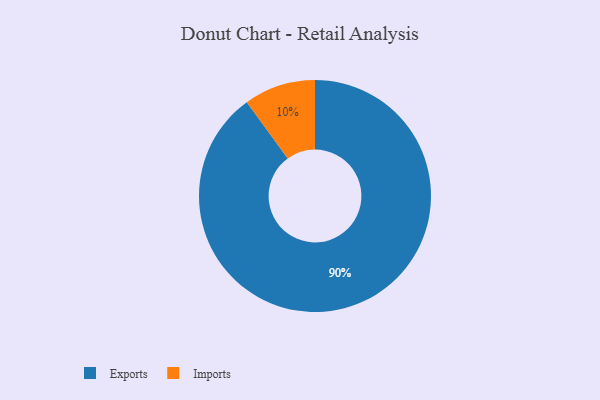
{"axis": {"x": "Category", "y": "Percentage"}, "legend": ["Exports", "Imports"], "data": [{"x": "Exports", "y": 90, "type": "Exports"}, {"x": "Imports", "y": 10, "type": "Imports"}]}